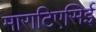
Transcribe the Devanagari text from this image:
माराटिएसिई